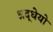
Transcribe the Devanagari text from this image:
श्रद्धेयो